NAE_ERA_R-2362_Emakeele_Selts, lk 27
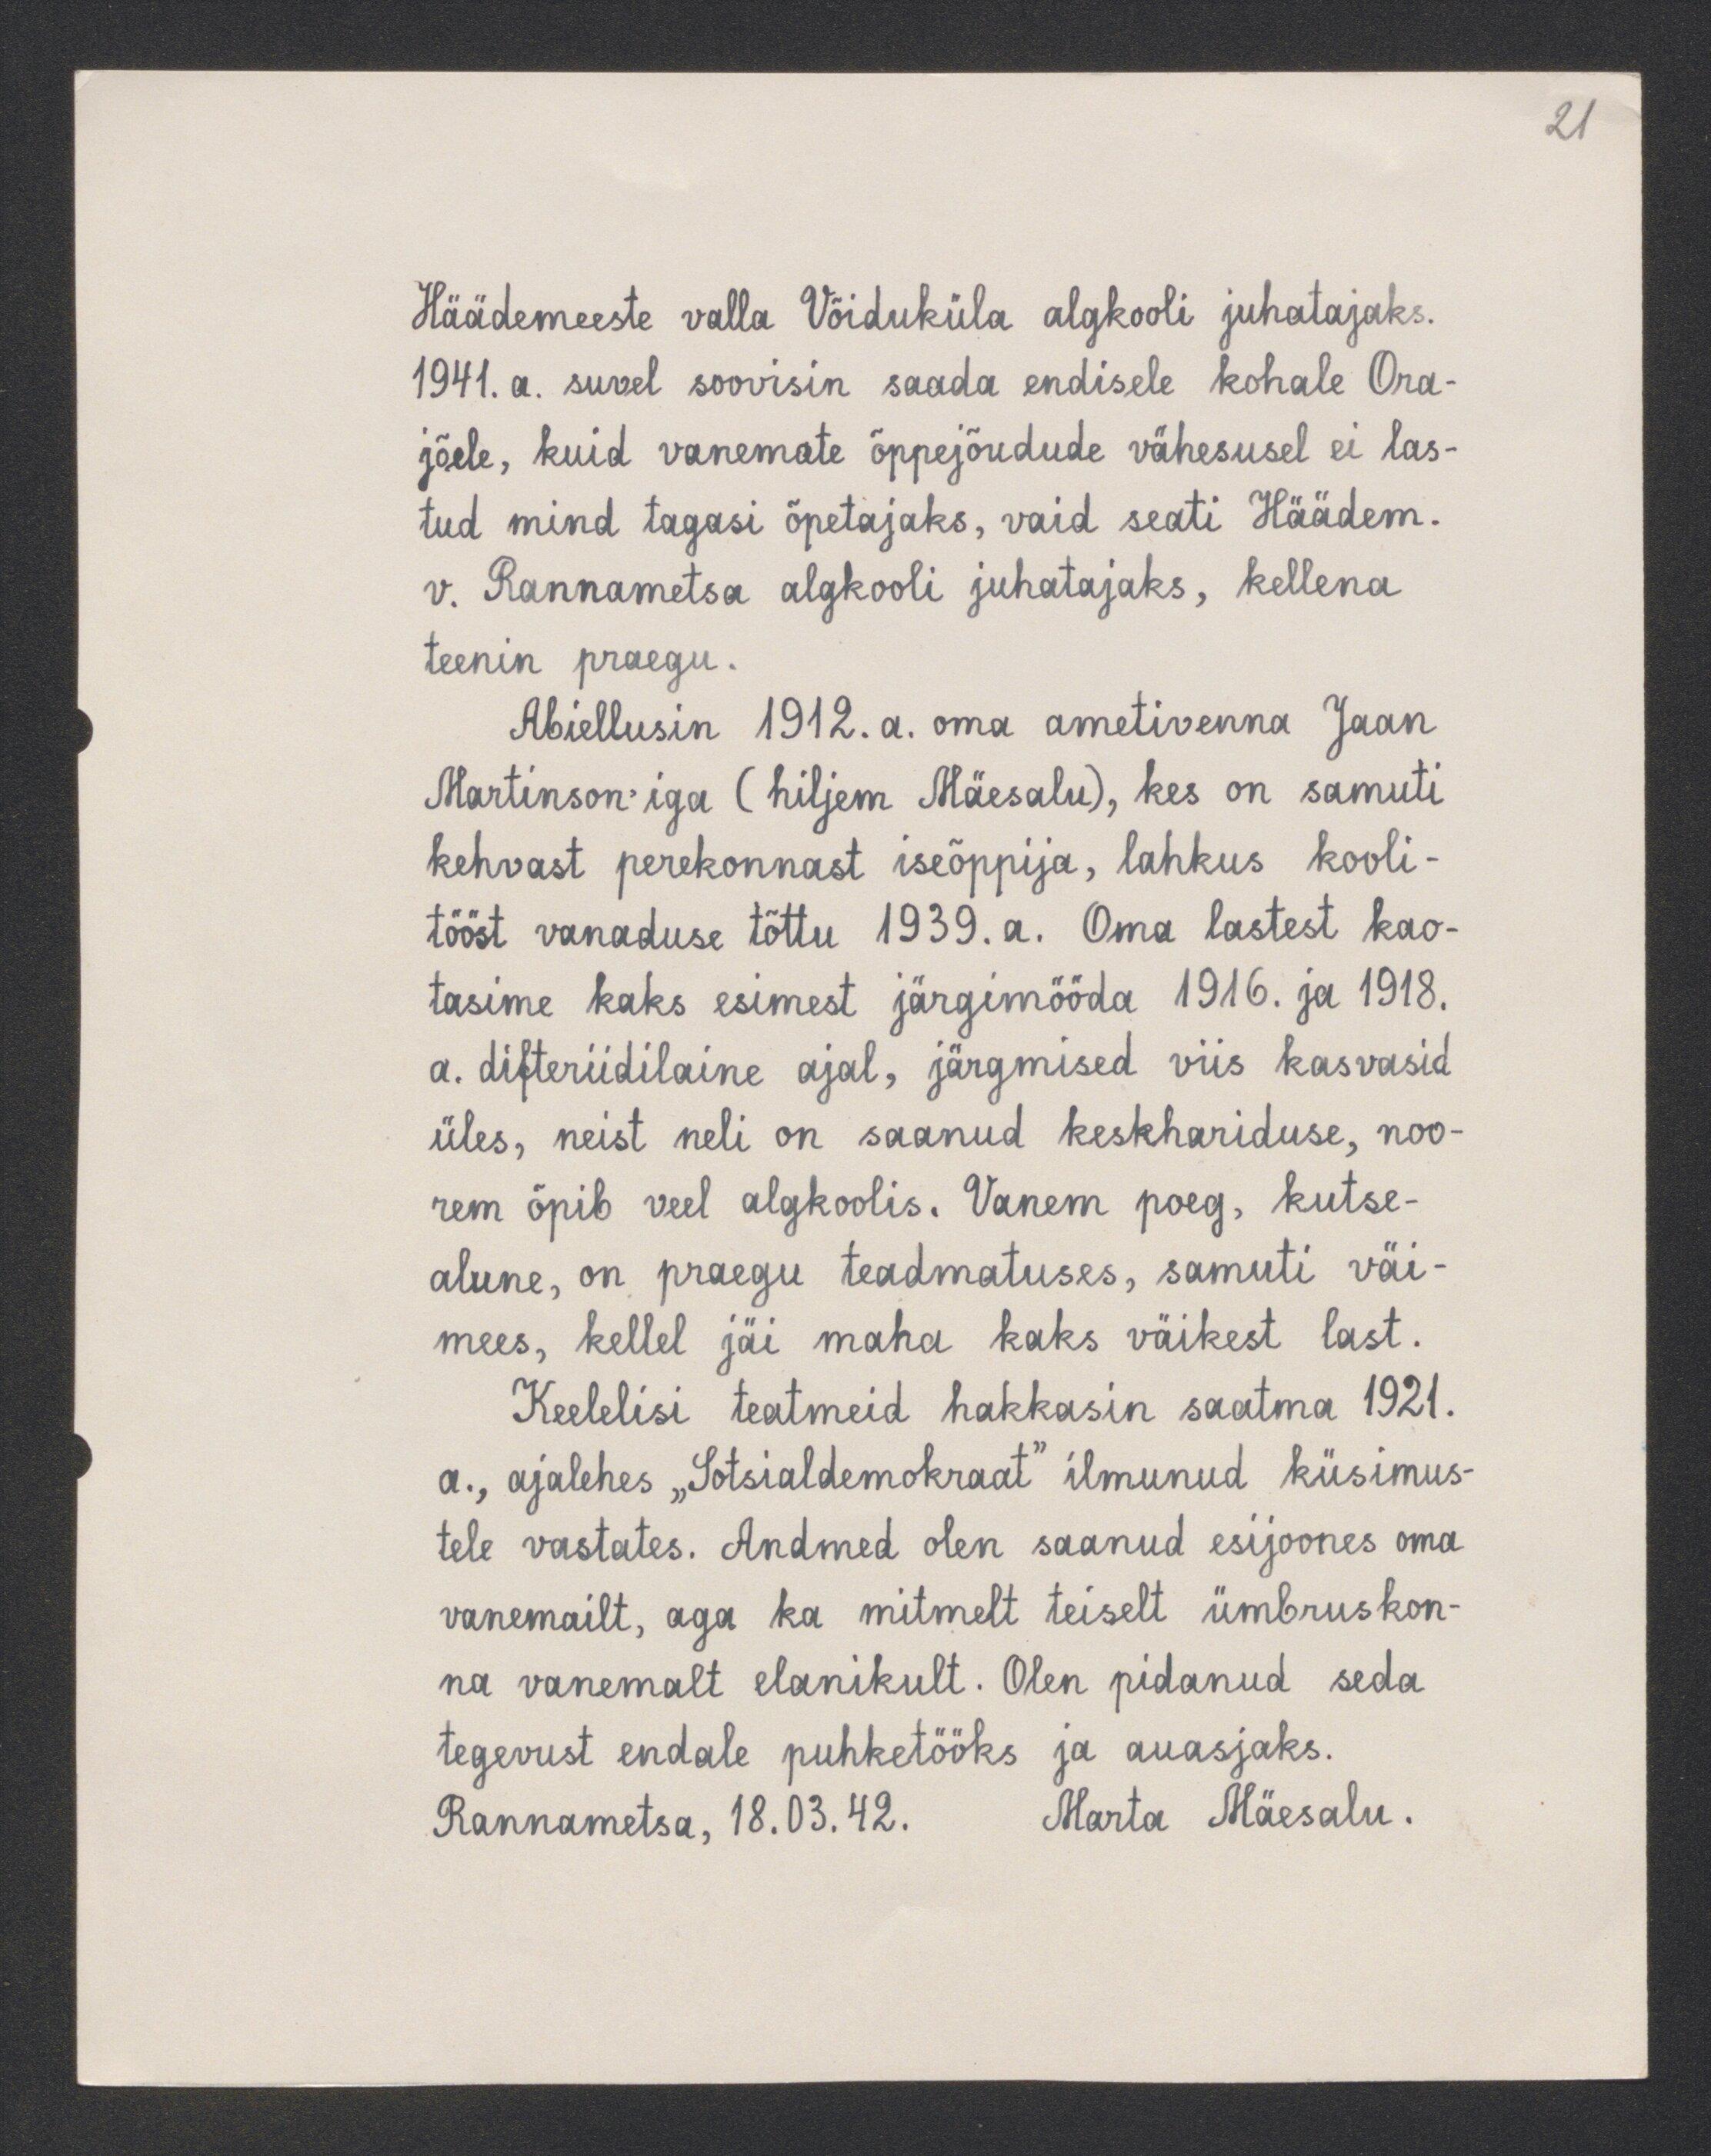
21

Häädemeeste valla Võiduküla algkooli juhatajaks.
1941. a. suvel soovisin saada endisele kohale Ora-
jõele, kuid vanemate õppeJõudude vähesusel ei las-
tud mind tagasi õpetajaks, vaid seati Häädem.
v. Rannametsa algkooli juhatajaks, kellena
teenin praegu.
Abiellusin 1912. a. oma ametivenna Jaan
Martinson-iga (hiljem Mäesalu), kes on samuti
kehvast perekonnast iseõppija, lahkus kooli-
tööst vanaduse tõttu 1939.a. Oma lastest kao-
tasime kaks esimest järgimööda 1916. ja 1918.
a. difteriidilaine ajal, järgmised viis kasvasid
üles, neist neli on saanud keskhariduse, noo-
rem õpib veel algkoolis. Vanem poeg, kutse-
alune, on praegu teadmatuses, samuti väi-
mees, kellel jäi maha kaks väikest last.
Keelelisi teatmeid hakkasin saatma 1921.
a., ajalehes "Sotsialdemokraat" ilmunud küsimus-
tele vastates. Andmed olen saanud esijoones oma
vanemailt, aga ka mitmelt teiselt ümbruskon-
na vanemalt elanikult. Olen pidanud seda
tegevust endale puhketööks ja auasjaks.
Rannametsa, 18.03.42. Marta Mäesalu.